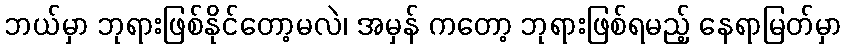
ဘယ်မှာ ဘုရားဖြစ်နိုင်တော့မလဲ၊ အမှန် ကတော့ ဘုရားဖြစ်ရမည့် နေရာမြတ်မှာ